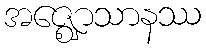
အဇ္ဈောသာနဿ